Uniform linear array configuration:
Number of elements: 4
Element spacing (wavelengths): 0.25
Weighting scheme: cosine
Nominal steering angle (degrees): -15
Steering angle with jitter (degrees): -16.26
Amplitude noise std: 0.05
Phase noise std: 0.05

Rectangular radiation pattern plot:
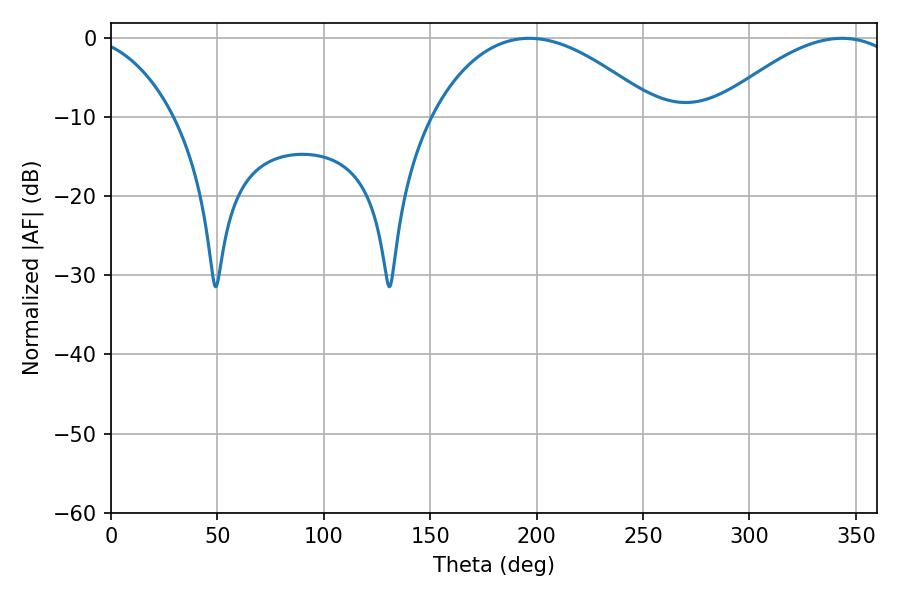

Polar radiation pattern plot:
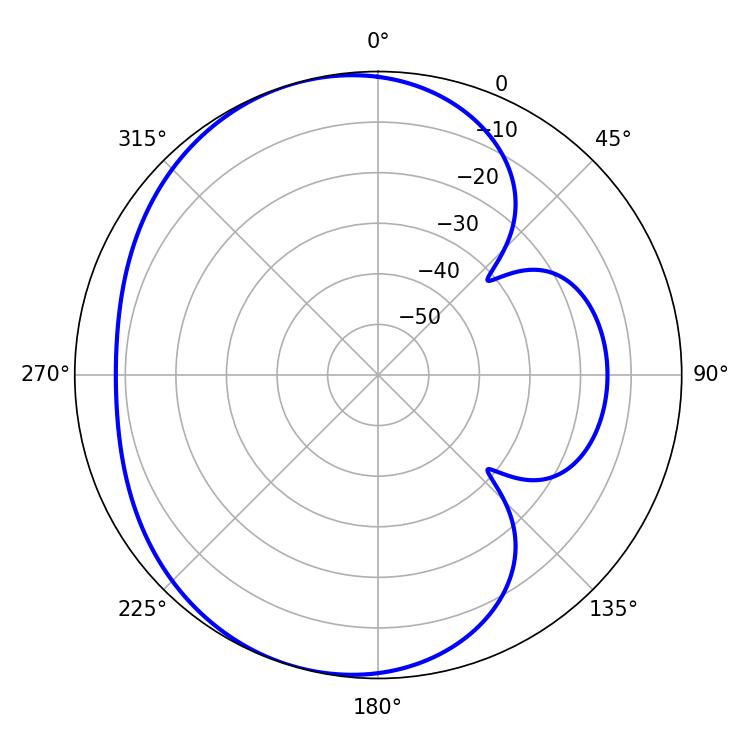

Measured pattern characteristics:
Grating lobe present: FALSE
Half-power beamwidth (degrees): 59.04
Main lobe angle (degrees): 196.56